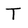
Character: T